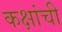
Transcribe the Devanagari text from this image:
कक्षांची